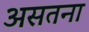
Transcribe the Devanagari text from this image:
असतना